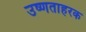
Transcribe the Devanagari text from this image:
उष्णताहरक